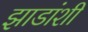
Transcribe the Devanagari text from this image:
झाडांशी